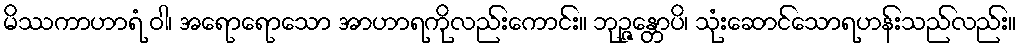
မိဿကာဟာရံ ဝါ၊ အရောရောသော အာဟာရကိုလည်းကောင်း။ ဘုဉ္ဇန္တောပိ၊ သုံးဆောင်သောရဟန်းသည်လည်း။